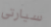
سيارتي